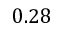
0 . 2 8